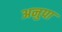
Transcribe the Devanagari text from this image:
अनुपा